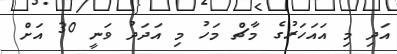
އަދި މި އައަހަރުގެ މާޗް މަހު މި އަދަދު ވަނީ 30 އަށް